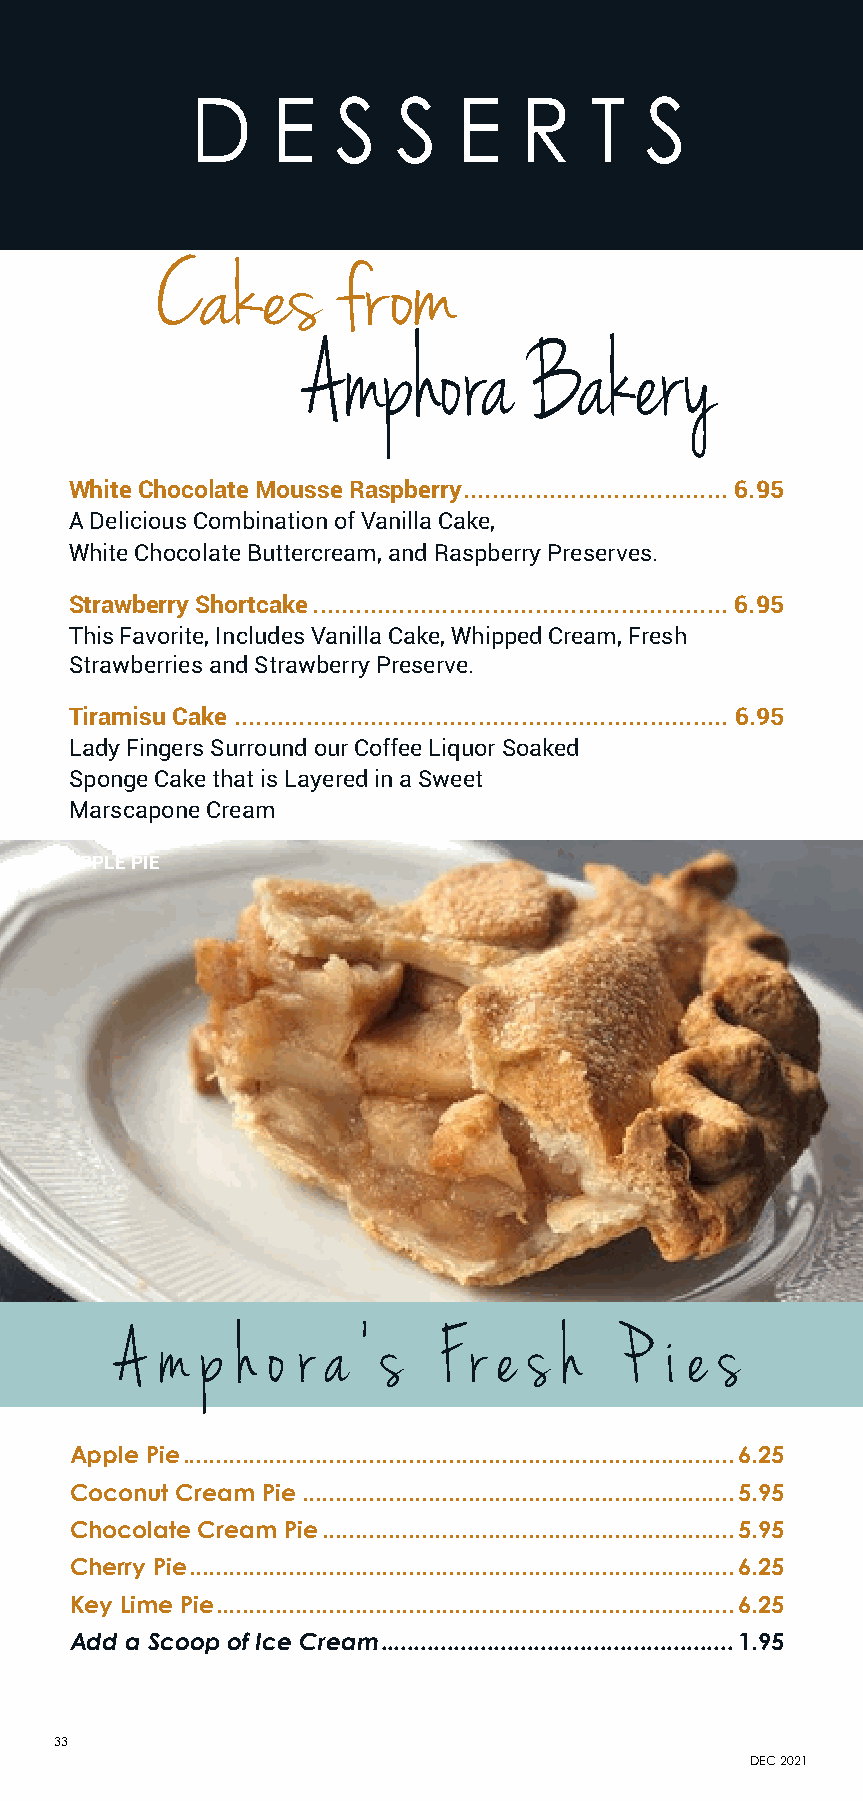
D    E   S   S   E   R    T   S
 Cakes       from
 Amphora        Bakery
 White Chocolate Mousse Raspberry .....................................6.95
 A Delicious Combination of Vanilla Cake,
 White Chocolate Buttercream, and Raspberry Preserves.
 Strawberry Shortcake ..........................................................6.95
 Fresh   Salads
 This Favorite, Includes Vanilla Cake, Whipped Cream, Fresh
 Strawberries and Strawberry Preserve.
 Tiramisu Cake ..................................................................... 6.95
 Lady Fingers Surround our Coffee Liquor Soaked
 Sponge Cake that is Layered in a Sweet
 Marscapone Cream
 APPLE PIE
 A  m p  h o r a ' s  F r e s h   P  i e s
 Apple Pie ...................................................................................6.25
 Coconut Cream Pie .................................................................5.95
 Chocolate Cream Pie ..............................................................5.95
 Cherry Pie ..................................................................................6.25
 Key Lime Pie ..............................................................................6.25
 Add a Scoop of Ice Cream .....................................................1.95
 33
 DEC 2021